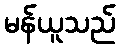
မန်ယူသည်